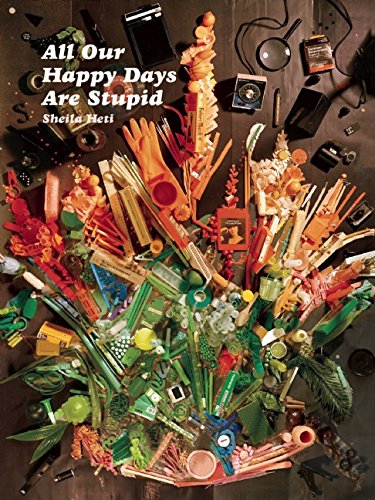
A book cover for All Our Happy Days Are Stupid; Sheila Heti; Literature & Fiction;